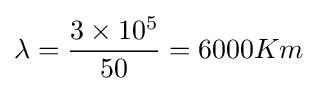
\lambda ={\frac {3\times 10^{5}}{50}}=6000Km